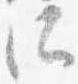
所